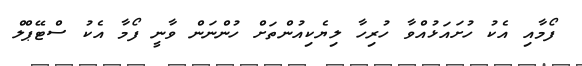
ފޯމާއި އެކު ހުށައަޅުއްވާ ހުރިހާ ލިޔެކިއުންތަށް ހުންނަން ވާނީ ފޯމާ އެކު ސްޓޭޕްލް